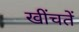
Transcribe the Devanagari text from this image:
खींचतें